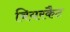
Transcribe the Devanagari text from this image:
बियरकैट